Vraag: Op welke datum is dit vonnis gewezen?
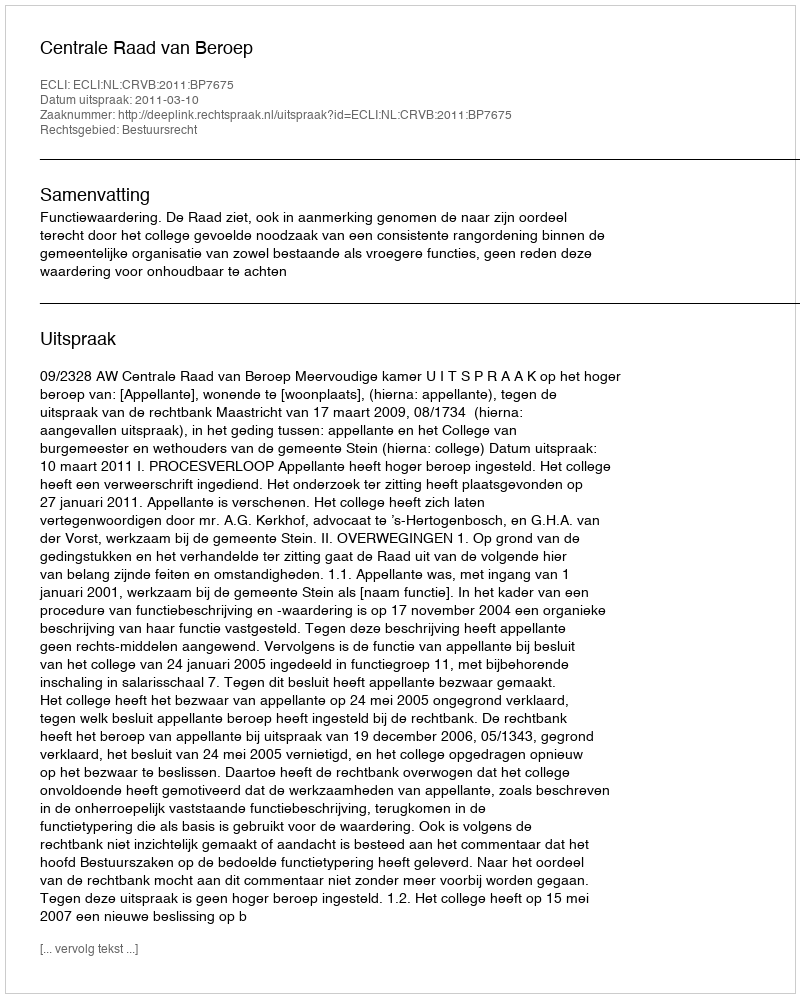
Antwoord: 2011-03-10